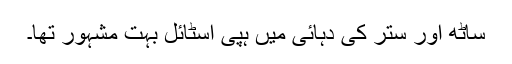
ساٹھ اور ستر کی دہائی میں ہپی اسٹائل بہت مشہور تھا۔